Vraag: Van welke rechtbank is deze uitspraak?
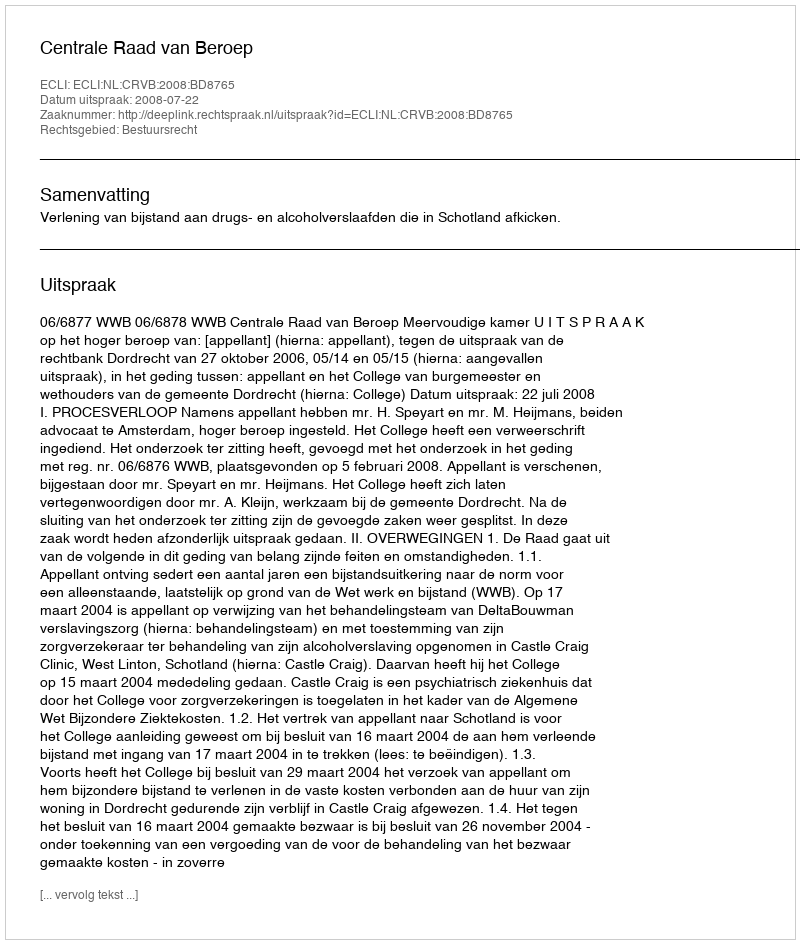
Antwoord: Centrale Raad van Beroep